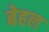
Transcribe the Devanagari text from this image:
बेहल